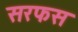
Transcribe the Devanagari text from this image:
सरफस